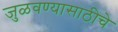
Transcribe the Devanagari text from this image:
जुळवण्यासाठीचे